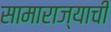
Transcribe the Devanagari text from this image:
सामाराज्याची